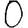
Digit: 0